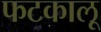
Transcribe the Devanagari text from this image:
फटकालू